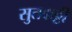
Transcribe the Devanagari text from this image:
सुतकट्टी